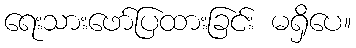
ရေးသားဖော်ပြထားခြင်း မရှိပေ။